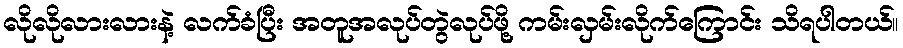
လိုလိုလားလားနဲ့ လက်ခံပြီး အတူအလုပ်တွဲလုပ်ဖို့ ကမ်းလှမ်းလိုက်ကြောင်း သိရပါတယ်။